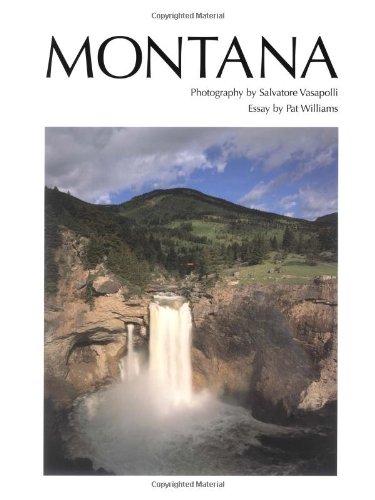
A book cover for Montana (Revised); Pat Williams; Travel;